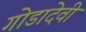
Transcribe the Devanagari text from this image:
गोडादेवी